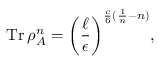
\operatorname { T r } { \rho _ { A } ^ { n } } = \bigg ( \frac { \ell } { \epsilon } \bigg ) ^ { \frac { c } { 6 } ( \frac { 1 } { n } - n ) } ,